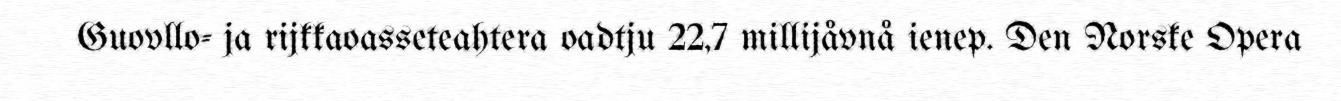
Guovllo- ja rijkkaoasseteahtera oadtju 22,7 millijåvnå ienep. Den Norske Opera